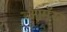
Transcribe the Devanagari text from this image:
आमॅरर